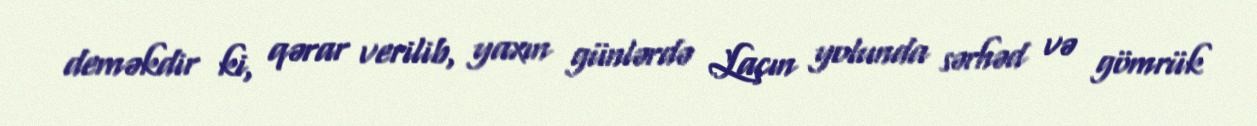
deməkdir ki, qərar verilib, yaxın günlərdə Laçın yolunda sərhəd və gömrük